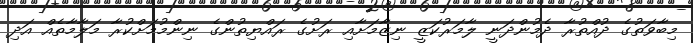
މިބާވަތުގެ ދުއްތުރާ ދެމުންދަނީ ލާމަރުކަޒީ ނިޒާމަށާއި ރަށުގެ ރައްޔިތުންގެ ނިންމުމަށްކުރާ މަލާމާތެއް އަދި